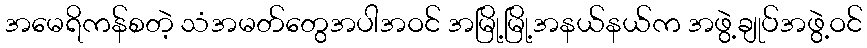
အမေရိကန်စတဲ့ သံအမတ်တွေအပါအဝင် အမြို့မြို့အနယ်နယ်က အဖွဲ့ချုပ်အဖွဲ့ဝင်